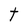
Character: t